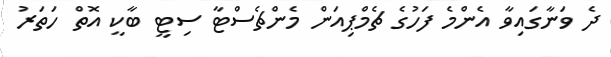
ދެ ވަނާގައިވާ އެންމެ ފަހުގެ ޗެމްޕިއަން މެންޗެސްޓާ ސިޓީ ބާކީ އޮތް ހަތަރު